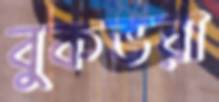
বুকভরা